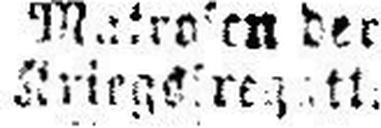
###